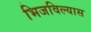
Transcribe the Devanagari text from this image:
भिजविल्यास